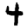
Digit: 4